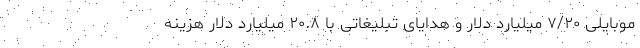
موبایلی ۷/۲۰ میلیارد دلار و هدایای تبلیغاتی با ۲۰.۸ میلیارد دلار هزینه